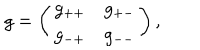
LaTeX: g = \left( \begin{array} { c c } { { g _ { + + } } } & { { g _ { + - } } } \\ { { g _ { - + } } } & { { g _ { -- } } } \\ \end{array} \right) ,